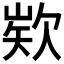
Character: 𭭍